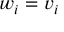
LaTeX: w _ { i } = v _ { i }